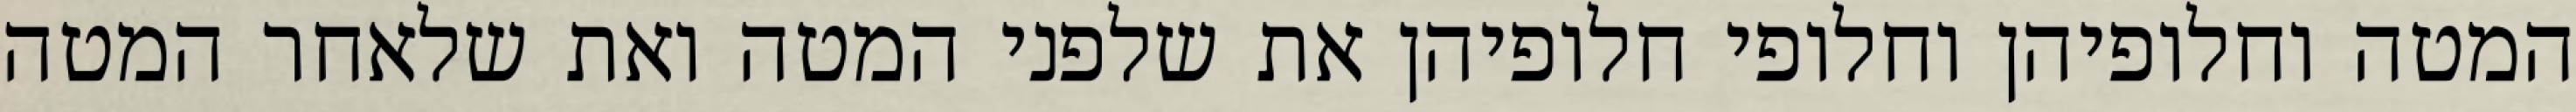
המטה וחלופיהן וחלופי חלופיהן את שלפני המטה ואת שלאחר המטה